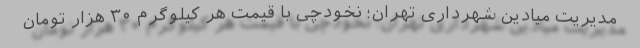
مدیریت میادین شهرداری تهران؛ نخودچی با قیمت هر کیلوگرم ۳۰ هزار تومان